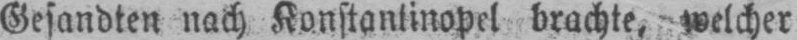
Gesandten nach Konstantinopel brachte, welcher